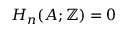
H _ { n } ( A ; \mathbb { Z } ) = 0